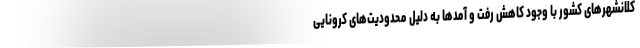
کلانشهرهای کشور با وجود کاهش رفت و آمدها به دلیل محدودیت‌های کرونایی